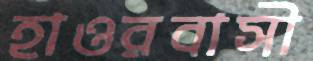
হাওরবাসী